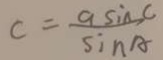
c = \frac { 9 \sin c } { \sin A }